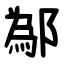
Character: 鄬